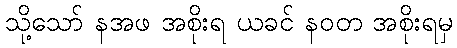
သို့သော် နအဖ အစိုးရ ယခင် နဝတ အစိုးရမှ